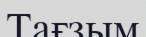
Тағзым